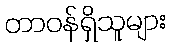
တာဝန်ရှိသူများ